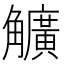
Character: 𧥌